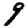
Digit: 9